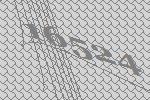
16524